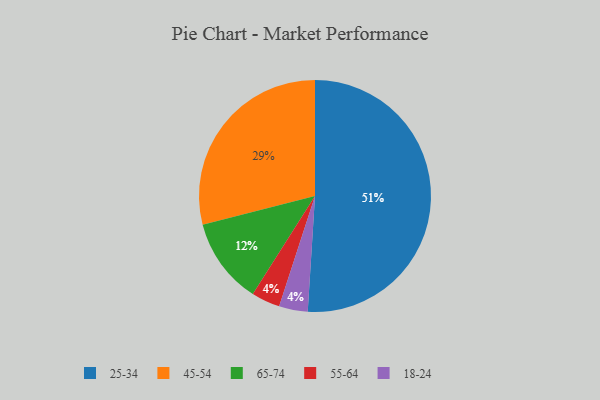
{"axis": {"x": "Category", "y": "Percentage"}, "legend": ["18-24", "25-34", "45-54", "55-64", "65-74"], "data": [{"x": "25-34", "y": 51, "type": "25-34"}, {"x": "55-64", "y": 4, "type": "55-64"}, {"x": "18-24", "y": 4, "type": "18-24"}, {"x": "65-74", "y": 12, "type": "65-74"}, {"x": "45-54", "y": 29, "type": "45-54"}]}